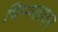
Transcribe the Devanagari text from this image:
पिप्पलायन